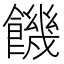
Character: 饑